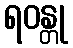
ရဝန္တု